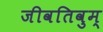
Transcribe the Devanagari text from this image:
जीवतिवुम्